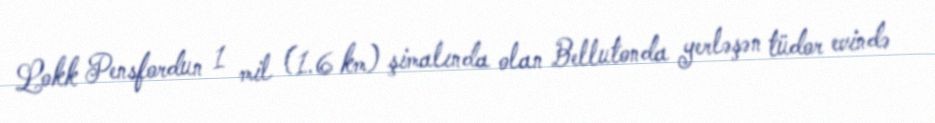
Lokk Pensfordun 1 mil (1.6 km) şimalında olan Bellutonda yerləşən tüdor evində